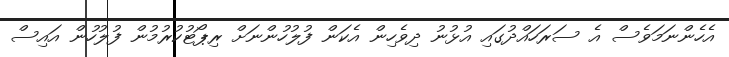
އެހެންނަމަވެސް އެ ސަރަހައްދުގައި އުޅުނު ދިވެހިން އެކަން ފުލުހުންނަށް ރިޕޯޓުކުރުމުން ފުލުހުން އައިސް